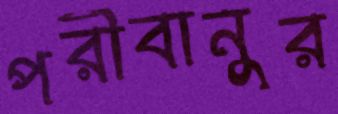
পরীবানুর